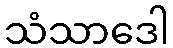
သံသာဒေါ